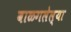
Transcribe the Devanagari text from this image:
बाळगलेल्या